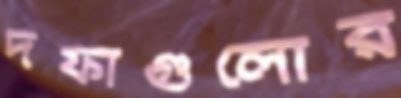
দফাগুলোর